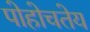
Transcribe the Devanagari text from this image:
पोहोचतेय